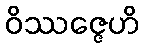
ဝိဿဇ္ဇေဟိ